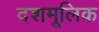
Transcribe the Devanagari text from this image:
दशमूलिक